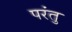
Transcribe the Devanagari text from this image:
परंतु